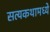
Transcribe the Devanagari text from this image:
सत्यकथामध्ये